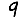
Digit: 9